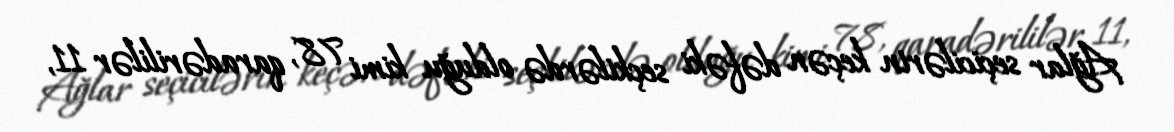
Ağlar seçicilərin keçən dəfəki seçkilərdə olduğu kimi 78, qaradərililər 11,